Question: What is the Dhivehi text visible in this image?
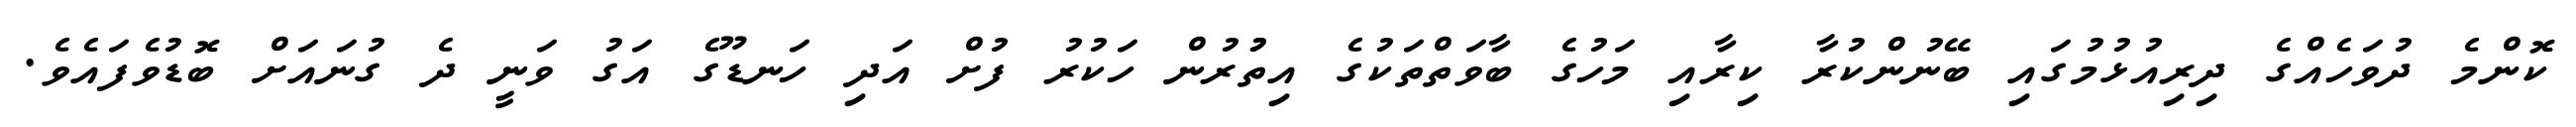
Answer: ކޮންމެ ދުވަހެއްގެ ދިރިއުޅުމުގައި ބޭނުންކުރާ ކިރާއި މަހުގެ ބާވަތްތަކުގެ އިތުުރުން ހަކުރު ފުށް އަދި ހަނޑޫގެ އަގު ވަނީ ދެ ގުނައަށް ބޮޑުވެފައެވެ.